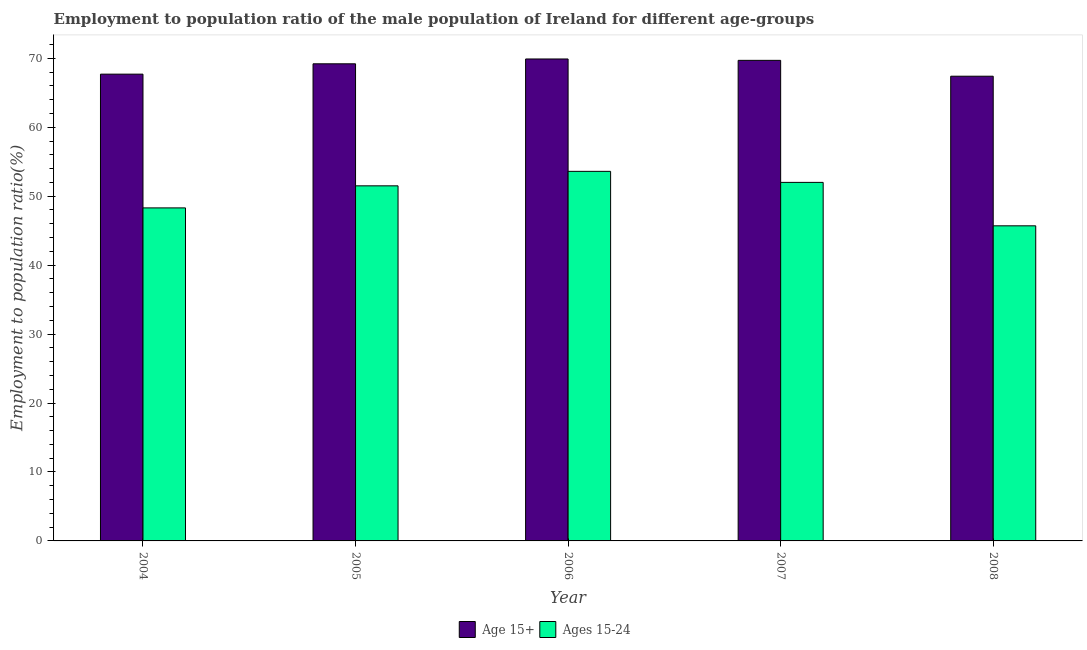
| Year | Age 15+ | Ages 15-24 |
 | --- | --- | --- |
 | 2004 | 67.7 | 48.3 |
 | 2005 | 69.2 | 51.5 |
 | 2006 | 69.9 | 53.6 |
 | 2007 | 69.7 | 52 |
 | 2008 | 67.4 | 45.7 |